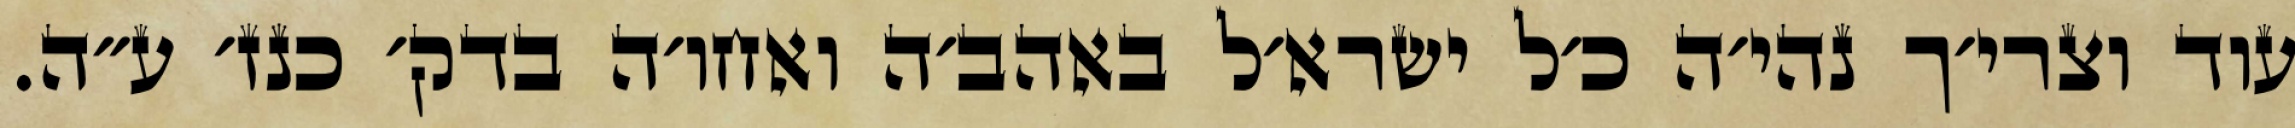
עוד וצרי׳ך נהי׳ה כ׳ל ישרא׳ל באהב׳ה ואחו׳ה בדק׳ כנז׳ ע״ה.